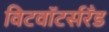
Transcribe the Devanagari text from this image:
विटवॉटर्सरँड